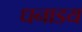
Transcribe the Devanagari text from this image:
धनाडय